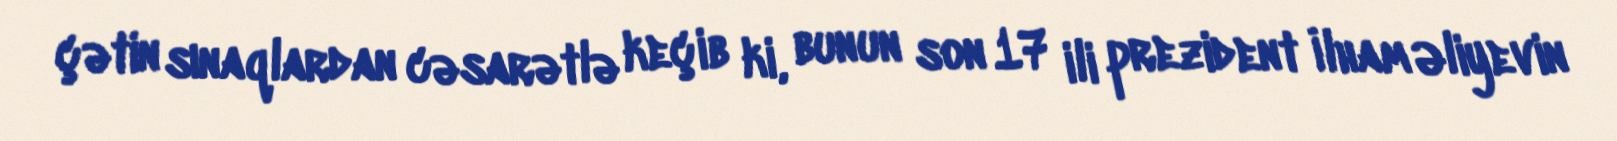
çətin sınaqlardan cəsarətlə keçib ki, bunun son 17 ili prezident İlham Əliyevin